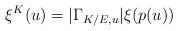
LaTeX: \begin{align*} \xi^K(u) = |\Gamma_{K/E,u}|\xi(p(u)) \end{align*}